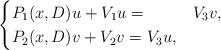
LaTeX: \begin{align*}\begin{cases}P_1(x,D)u+V_1u= &V_3v,\\P_2(x,D)v+V_2v=V_3u,\end{cases}\end{align*}